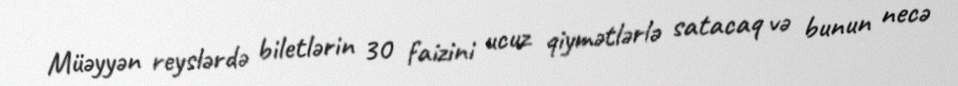
Müəyyən reyslərdə biletlərin 30 faizini ucuz qiymətlərlə satacaq və bunun necə